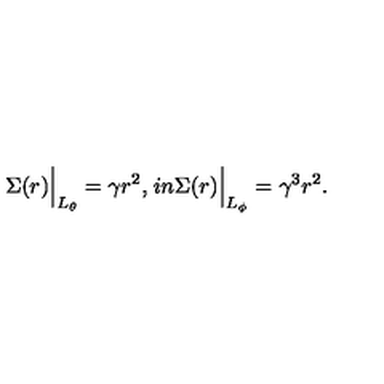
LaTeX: \Sigma ( r ) \Big | _ { L _ { \theta } } = \gamma r ^ { 2 } , \kern 1 i n \Sigma ( r ) \Big | _ { L _ { \phi } } = \gamma ^ { 3 } r ^ { 2 } .